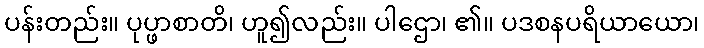
ပန်းတည်း။ ပုပ္ဖာစာတိ၊ ဟူ၍လည်း။ ပါဌော၊ ၏။ ပဒစနပရိယာယော၊